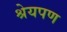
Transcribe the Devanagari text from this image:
श्रेयपण